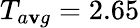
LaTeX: T_{a\mathbf{v}g}=2.65